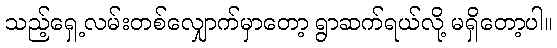
သည့်ရှေ့လမ်းတစ်လျှောက်မှာတော့ ရွာဆက်ရယ်လို့ မရှိတော့ပါ။